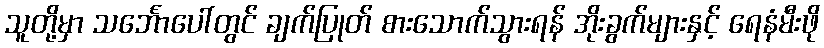
သူတို့မှာ သင်္ဘောပေါ်တွင် ချက်ပြုတ် စားသောက်သွားရန် အိုးခွက်များနှင့် ရေနံမီးဖို